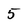
Character: 5